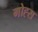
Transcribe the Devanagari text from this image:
गोह्स